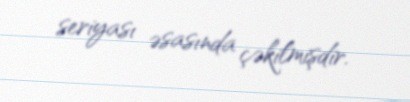
seriyası əsasında çəkilmişdir.